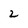
Character: 2